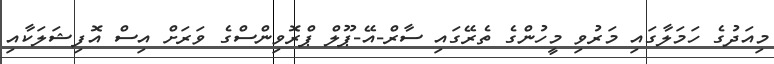
މިއަދުގެ ހަމަލާގައި މަރުވި މީހުންގެ ތެރޭގައި ސާރް-އޭ-ޕޫލް ޕްރޮވިންސްގެ ވަރަށް އިސް އޮފިޝަލަކާއި